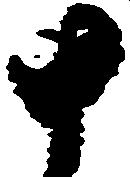
十